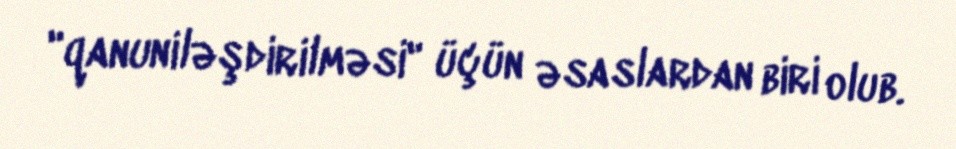
"qanuniləşdirilməsi" üçün əsaslardan biri olub.